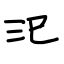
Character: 汜